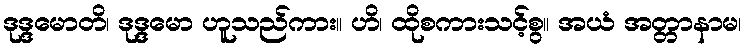
ဒုဒ္ဒမောတိ၊ ဒုဒ္ဒမော ဟူသည်ကား။ ဟိ၊ ထိုစကားသင့်စွ။ အယံ အတ္တာနာမ၊